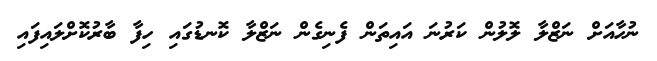
ނުހާއަށް ނަޒްލާ ލޮލުން ކަރުނަ އައިތަން ފެނިގެން ނަޒްލާ ކޮނޑުގައި ހިފާ ބާރުކޮށްލައިފައި